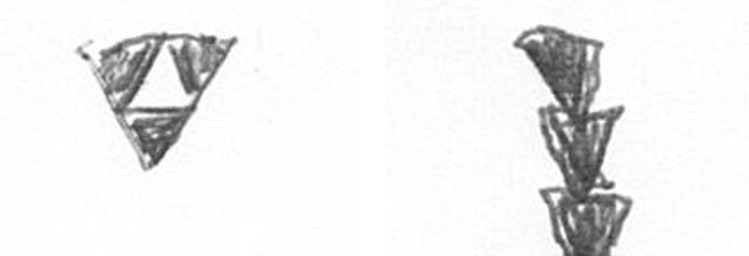
S E